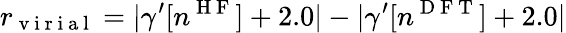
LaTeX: r_{\mathrm{~v~i~r~i~a~l~}}=\lvert\gamma^{\prime}[n^{\mathrm{~H~F~}}]+2.0\rvert-\lvert\gamma^{\prime}[n^{\mathrm{~D~F~T~}}]+2.0\rvert